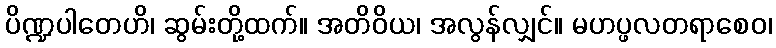
ပိဏ္ဍပါတေဟိ၊ ဆွမ်းတို့ထက်။ အတိဝိယ၊ အလွန်လျှင်။ မဟပ္ဖလတရာစေဝ၊